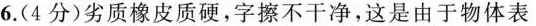
6.(4分)劣质橡皮质硬，字擦不干净，这是由于物体表